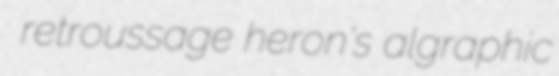
retroussage heron's algraphic